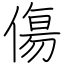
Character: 傷